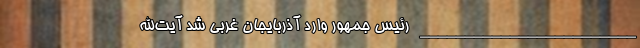
________________________ رئیس جمهور وارد آذربایجان غربی شد آیت‌الله